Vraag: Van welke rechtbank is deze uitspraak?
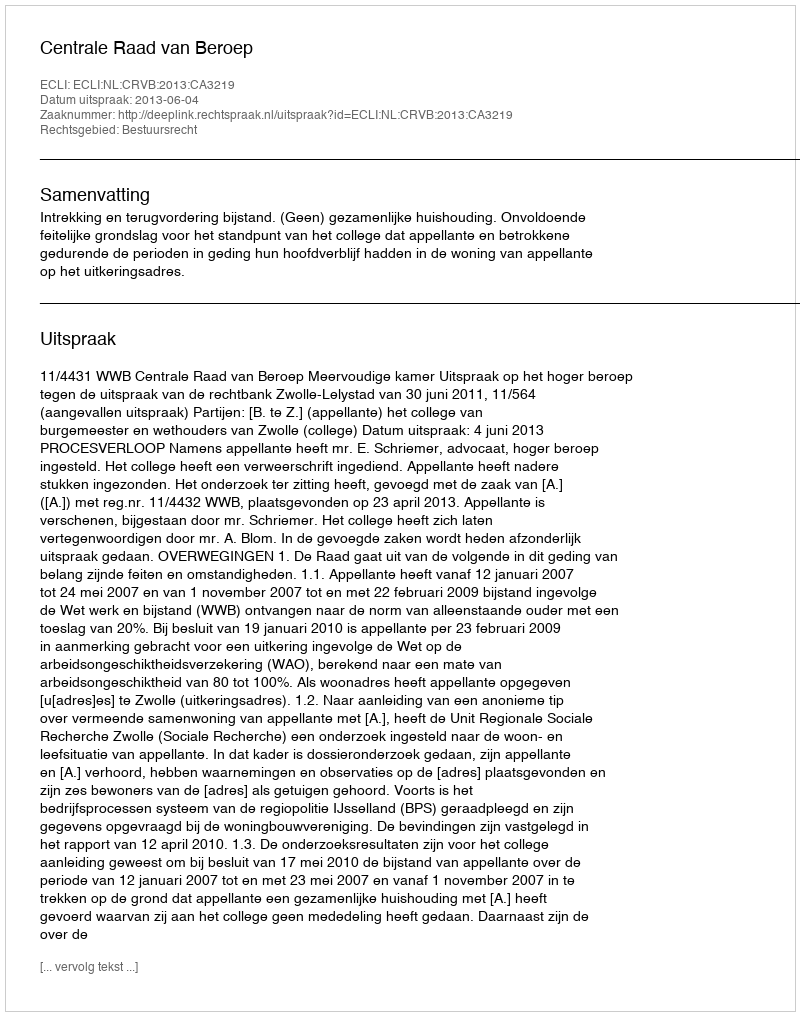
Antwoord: Centrale Raad van Beroep